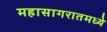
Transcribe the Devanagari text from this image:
महासागरातमध्ये